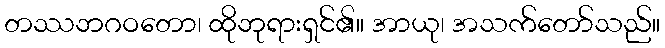
တဿဘဂဝတော၊ ထိုဘုရားရှင်၏။ အာယု၊ အသက်တော်သည်။